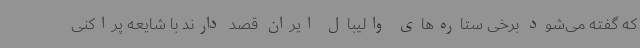
که گفته می‌شود برخی ستاره‌های والیبال ایران قصد دارند با شایعه پراکنی